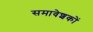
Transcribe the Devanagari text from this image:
समावेशकों